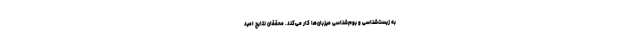
به زیست‌شناسی و بوم‌شناسی میزبان‌ها کار می‌کند. محققان نتایج امید